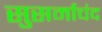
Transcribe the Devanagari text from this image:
सुसर्माचंद